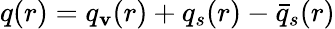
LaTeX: q(r)=q_{\mathbf{v}}(r)+q_{s}(r)-\bar{{q}}_{s}(r)